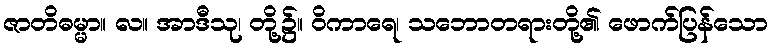
ဇာတိဓမ္မာ။ လ။ အာဒီသု၊ တို့၌။ ဝိကာရေ၊ သဘောတရားတို့၏ ဖောက်ပြန်သော